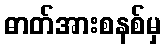
ဓာတ်အားစနစ်မှ